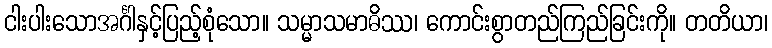
ငါးပါးသောအင်္ဂါနှင့်ပြည့်စုံသော။ သမ္မာသမာဓိဿ၊ ကောင်းစွာတည်ကြည်ခြင်းကို။ တတိယာ၊